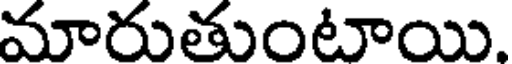
మారుతుంటాయి.